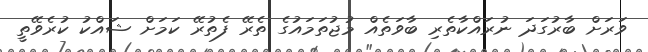
ވަރަށް ބާރުގަދަ ނުރައްކާތެރި ބާވަތެއް މުޖުތަމައުގެ ތެރޭ ފެތުރޭ ކަމަށް ޝައްކު ކުރެވޭތީ